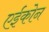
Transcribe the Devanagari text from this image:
एईकोन